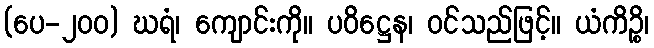
(ပေ-၂၀၀) ဃရံ၊ ကျောင်းကို။ ပဝိဋ္ဌေန၊ ဝင်သည်ဖြင့်။ ယံကိဉ္စိ၊